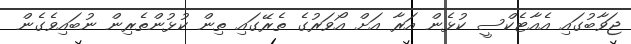
ޖަވާބުގައި އެއާޓެކްސީ ކުޅެން އަރާ އަށް އޯވަރުގެ ތެރޭގައި ތިން ކުޅުންތެރިން ނުބައިވެގެން